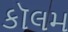
કૉલમ